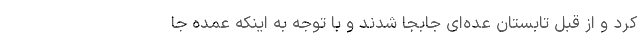
کرد و از قبل تابستان عده‌ای جابجا شدند و با توجه به اینکه عمده جا